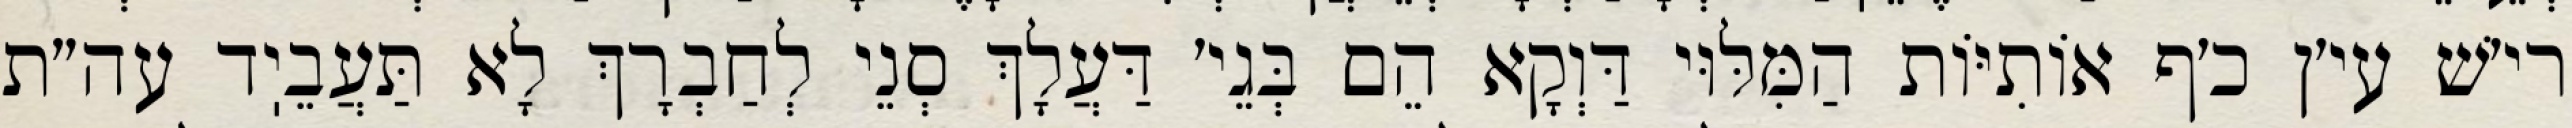
רי׳שׁ עי׳ן כ׳ף אוֹתִיּוֹת הַמִּלּוּי דַּוְקָא הֵם בְּגֵי׳ דַּעֲלָךְ סְנֵי לְחַבְרָךְ לָא תַּעֲבֵיֽד עה״ת